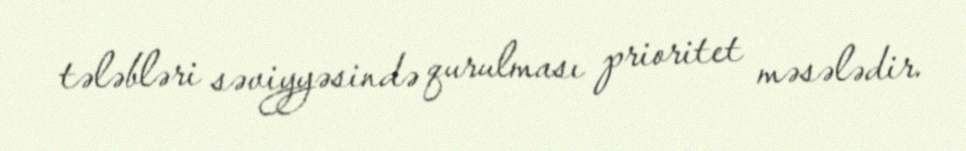
tələbləri səviyyəsində qurulması prioritet məsələdir.